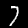
Label: 7